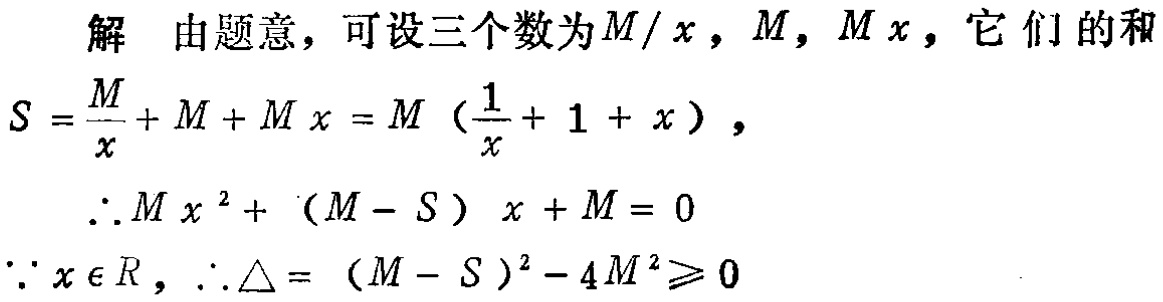
解 由题意，可设三个数为\(M/x\)，\(M\)，\(Mx\)，它们的和
\(S = \frac{M}{x} + M + Mx = M (\frac{1}{x} + 1 + x)\)，
\(\therefore Mx^{2}+ (M - S) x + M = 0\)
\(\because x \in R\)，\(\therefore \triangle = (M - S)^{2}-4M^{2}\geqslant 0\)